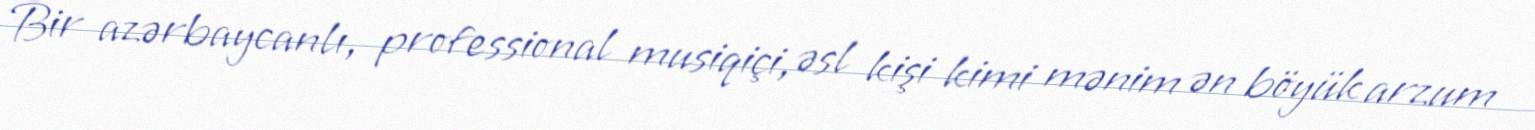
Bir azərbaycanlı, professional musiqiçi, əsl kişi kimi mənim ən böyük arzum